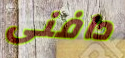
دافنى